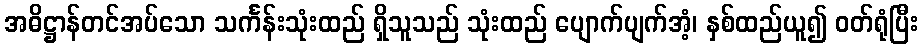
အဓိဋ္ဌာန်တင်အပ်သော သင်္ကန်းသုံးထည် ရှိသူသည် သုံးထည် ပျောက်ပျက်အံ့၊ နှစ်ထည်ယူ၍ ဝတ်ရုံပြီး